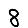
Digit: 8